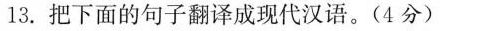
13.把下面的句子翻译成现代汉语。(4分)